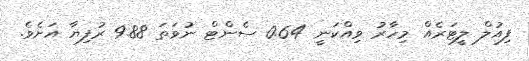
ފިއުލް ލީޓަރެއް މިހާރު ވިއްކަނީ 0.64 ސެންޓް ނުވަތަ 9.88 ރުފިޔާ އަށެވެ.